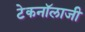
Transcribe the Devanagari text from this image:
टेकनॉलाजी